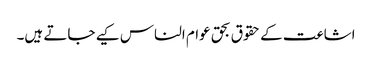
اشاعت کے حقوق بحق عوام الناس کیے جاتے ہیں۔